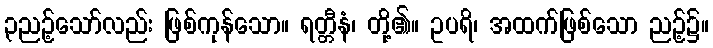
၃ညဉ့်သော်လည်း ဖြစ်ကုန်သော။ ရတ္တီနံ၊ တို့၏။ ဥပရိ၊ အထက်ဖြစ်သော ညဉ့်၌။